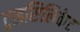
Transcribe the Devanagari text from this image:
ट्राइसिलिकेट